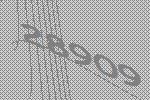
28909